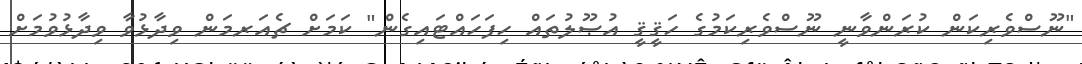
"ނޫސްވެރިކަން ކުރަންވާނީ ނޫސްވެރިކަމުގެ ހަޤީޤީ އުޞޫލުތައް ހިފަހައްޓައިގެން" ކަމަށް ޗެއަރމަން ވިދާޅުވާ ވިދާޅުވުމަށް